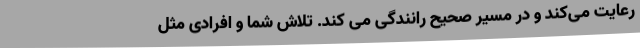
رعایت می‌کند و در مسیر صحیح رانندگی می کند. تلاش شما و افرادی مثل